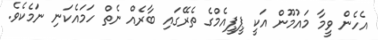
އެހެން ވީމާ މައުމޫން އަކީ ޕީޕީއެމްގެ ތެރޭގައި ބާރެއް ނެތް ހަމައެކަނި ނަމެކެވެ.